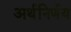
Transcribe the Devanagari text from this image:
अर्थनिर्णय